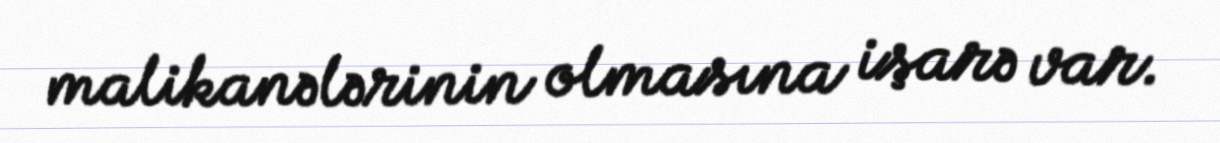
malikanələrinin olmasına işarə var.